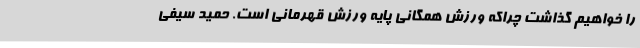
را خواهیم گذاشت چراکه ورزش همگانی پایه ورزش قهرمانی است. حمید سیفی